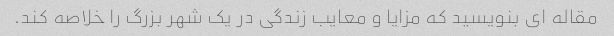
مقاله ای بنویسید که مزایا و معایب زندگی در یک شهر بزرگ را خلاصه کند.